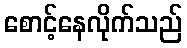
စောင့်နေလိုက်သည်